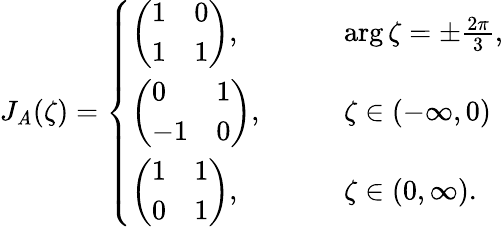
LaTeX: J_{\mathit{A}}(\zeta)=\left\{ \begin{array}{ll}{\left(\begin{array}{ll}{1}&{0}\\ {1}&{1}\end{array}\right),\qquad}&{\arg\zeta=\pm\frac{2\pi}{3},}\\ {\left(\begin{array}{ll}{0}&{1}\\ {-1}&{0}\end{array}\right),\qquad}&{\zeta\in(-\infty,0)}\\ {\left(\begin{array}{ll}{1}&{1}\\ {0}&{1}\end{array}\right),\qquad}&{\zeta\in(0,\infty).}\end{array}\right.